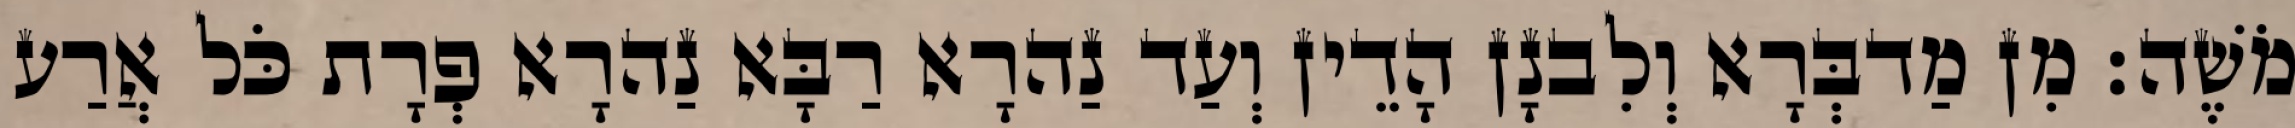
מֹשֶׁה׃ מִן מַדבְּרָא וְלִבנָן הָדֵין וְעַד נַהרָא רַבָּא נַהרָא פְרָת כֹּל אֲרַע